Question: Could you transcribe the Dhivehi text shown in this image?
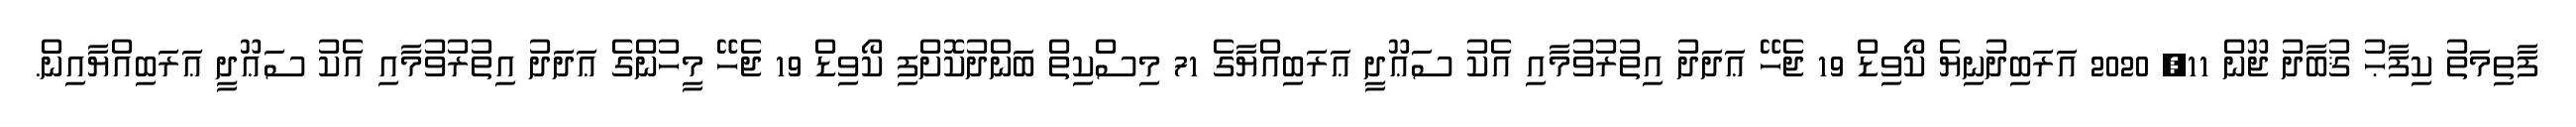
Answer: ފާތިމަތު ކިފާޙު ޤުބާދު ޖޫން 11, 2020 އަރަބިދުނިޔެ ކޯވިޑް 19 ޖެހޭ ޢަދަދު އިތުރުވުމާއި އެކު ސަޢޫދީ ޢަރަބިއްޔާގެ 71 މިސްކިތް ބަންދުކޮށްފި ކޯވިޑް 19 ޖެހޭ މީހުންގެ ޢަދަދު އިތުރުވުމާއި އެކު ސަޢޫދީ ޢަރަބިއްޔާއިން.